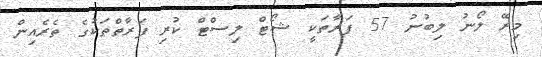
މިރޭ ލޯނު ލިބުނު 57 ފަރާތަކީ ޝޯޓް ލިސްޓް ކުރި ފަރާތްތަކުގެ ތެރެއިން